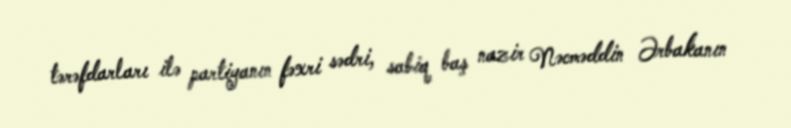
tərəfdarları ilə partiyanın fəxri sədri, sabiq baş nazir Nəcməddin Ərbakanın